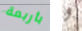
بأربعة و